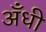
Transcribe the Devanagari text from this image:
अँधी